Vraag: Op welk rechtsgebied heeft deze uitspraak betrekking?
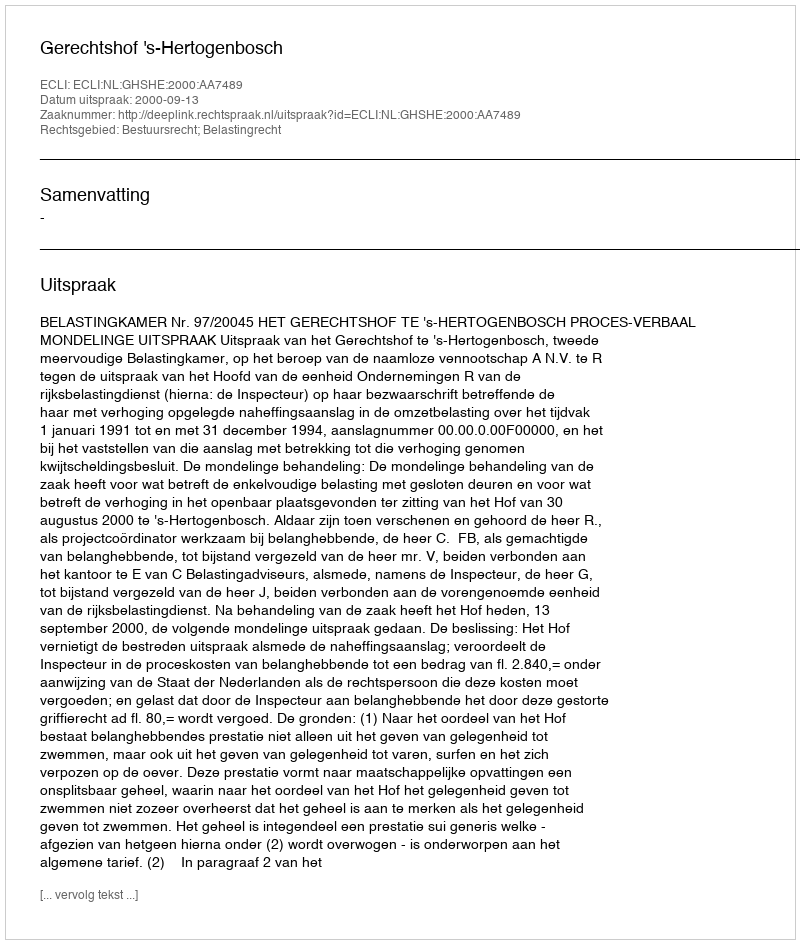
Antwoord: Bestuursrecht; Belastingrecht